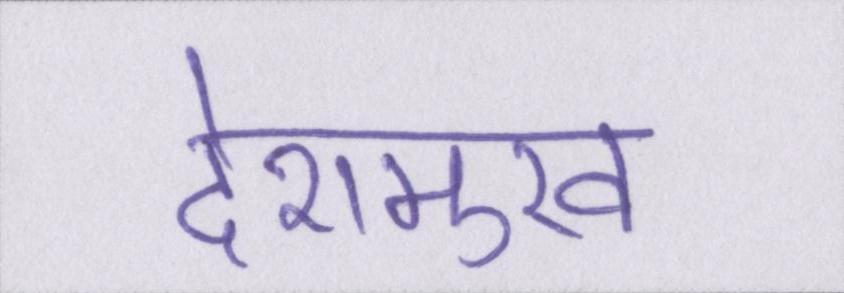
देशमुख